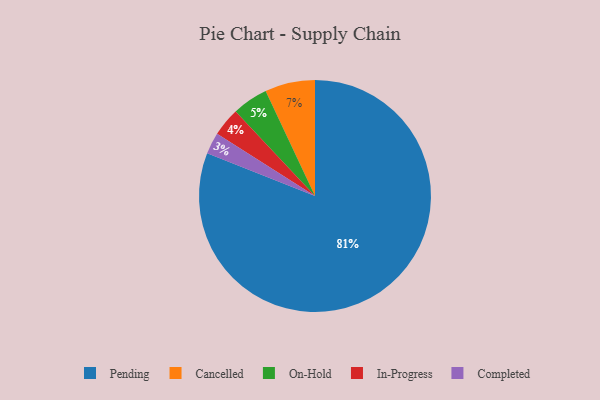
{"axis": {"x": "Category", "y": "Percentage"}, "legend": ["Cancelled", "Completed", "In-Progress", "On-Hold", "Pending"], "data": [{"x": "On-Hold", "y": 5, "type": "On-Hold"}, {"x": "In-Progress", "y": 4, "type": "In-Progress"}, {"x": "Completed", "y": 3, "type": "Completed"}, {"x": "Cancelled", "y": 7, "type": "Cancelled"}, {"x": "Pending", "y": 81, "type": "Pending"}]}